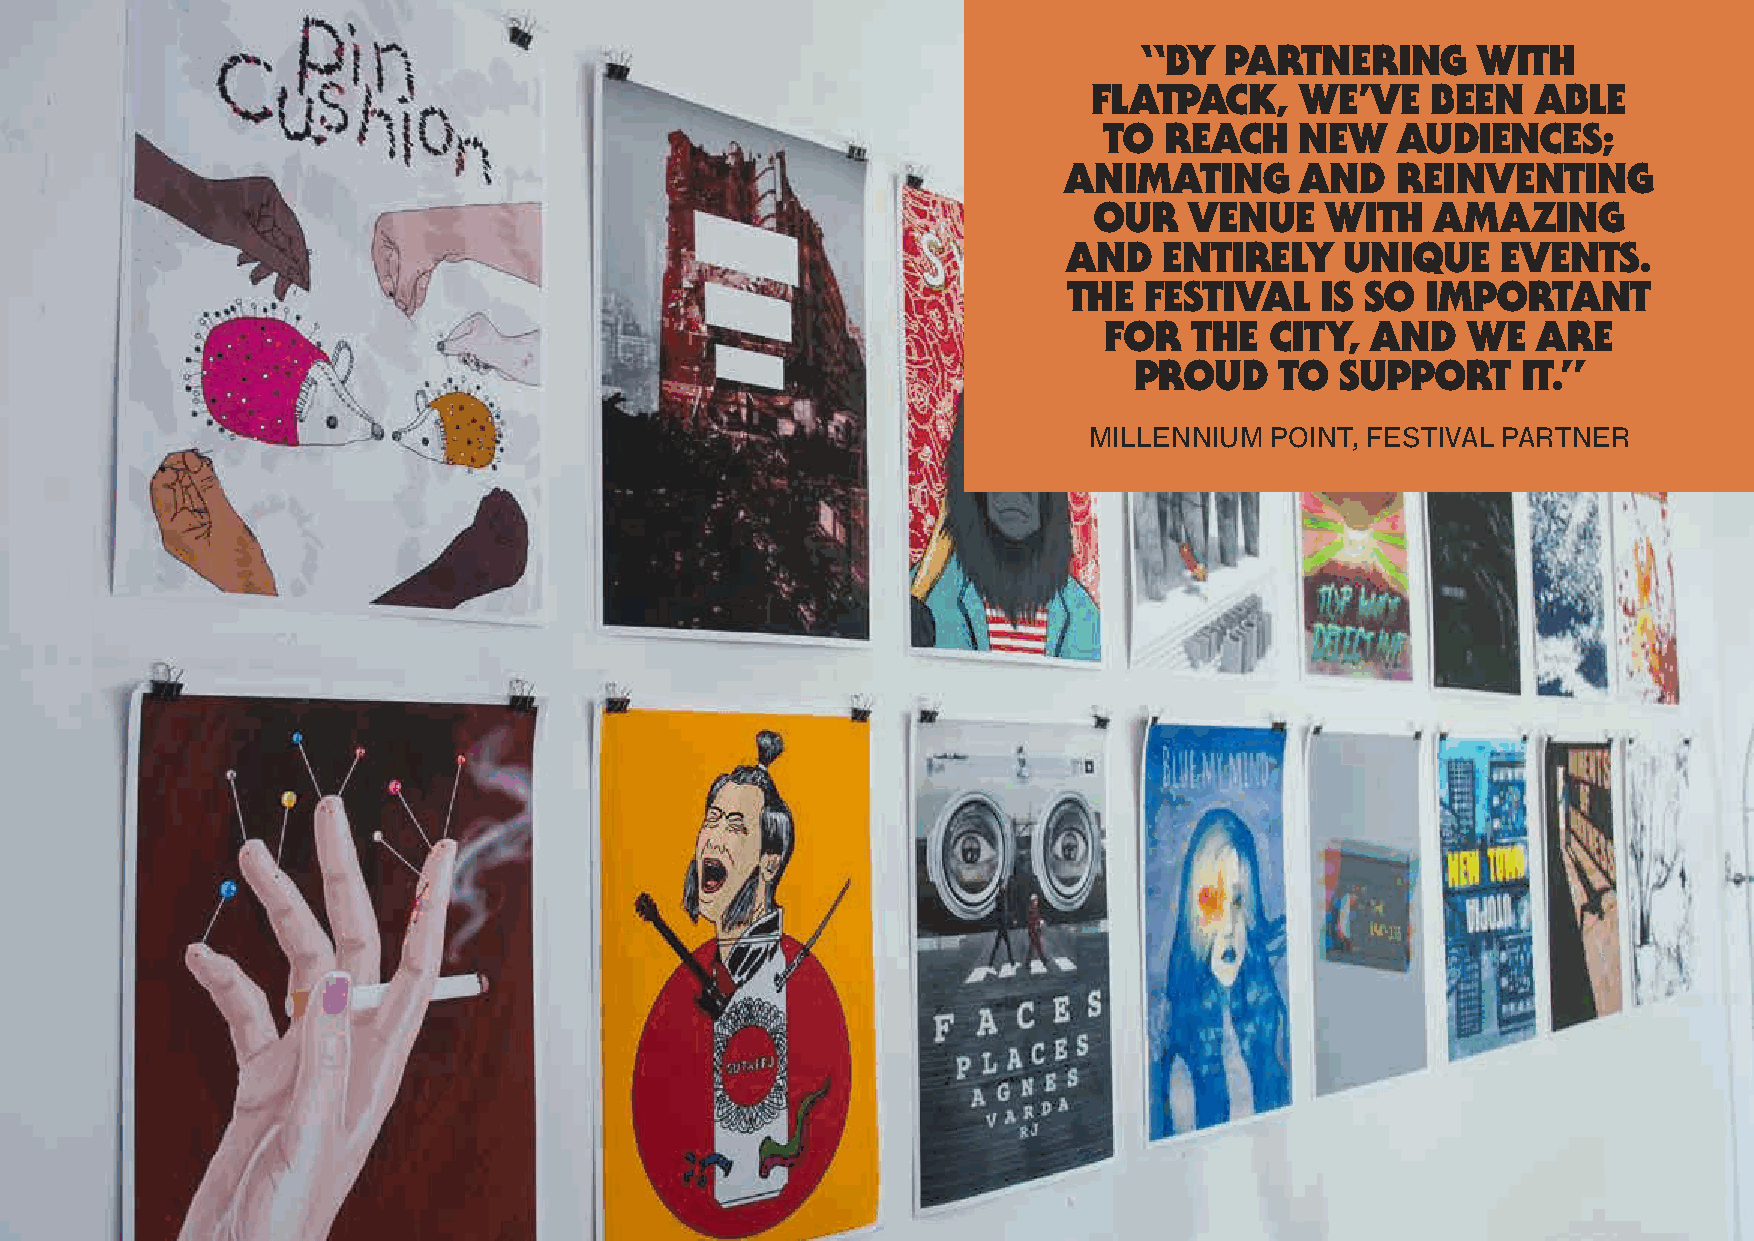
“By  partnerInG       wIth
 Flatpack,     we’ve    Been   aBle
 to  reach    new   audIences;
 anImatInG       and   reInventInG
 our    venue    wIth   amazInG
 and   entIrely    unIque    events.
 the  FestIval    Is so Important
 For   the  cIty,  and   we   are
 proud     to  support     It.”
 mIllennIum  poInt, festIVal paRtneR